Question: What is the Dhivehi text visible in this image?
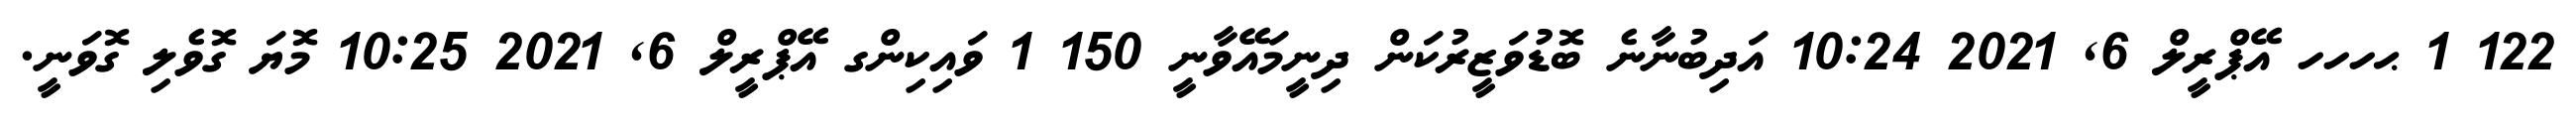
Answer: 122 1 ޙހހހ އޭޕްރީލް 6, 2021 10:24 އަދިބުނާނެ ބޮޑުވަޒީރުކަން ދިނީމައޭވާނީ 150 1 ވައިކިންގ އޭޕްރީލް 6, 2021 10:25 މޮޔަ ގޮވެލި ގޮވަނީ.